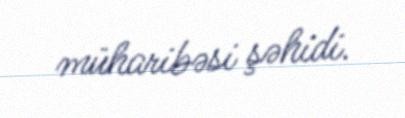
müharibəsi şəhidi.